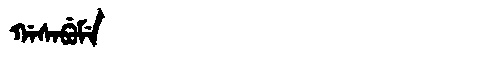
Manchu: ᡤᠠᠰᠠᠪᡠᠮᡝ
Romanization: GASABUME